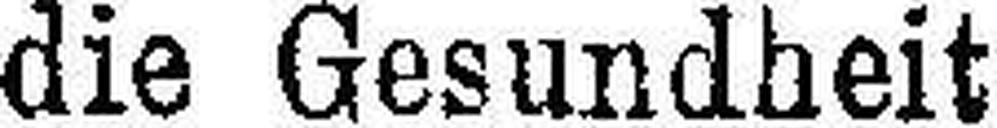
die Gesundheit